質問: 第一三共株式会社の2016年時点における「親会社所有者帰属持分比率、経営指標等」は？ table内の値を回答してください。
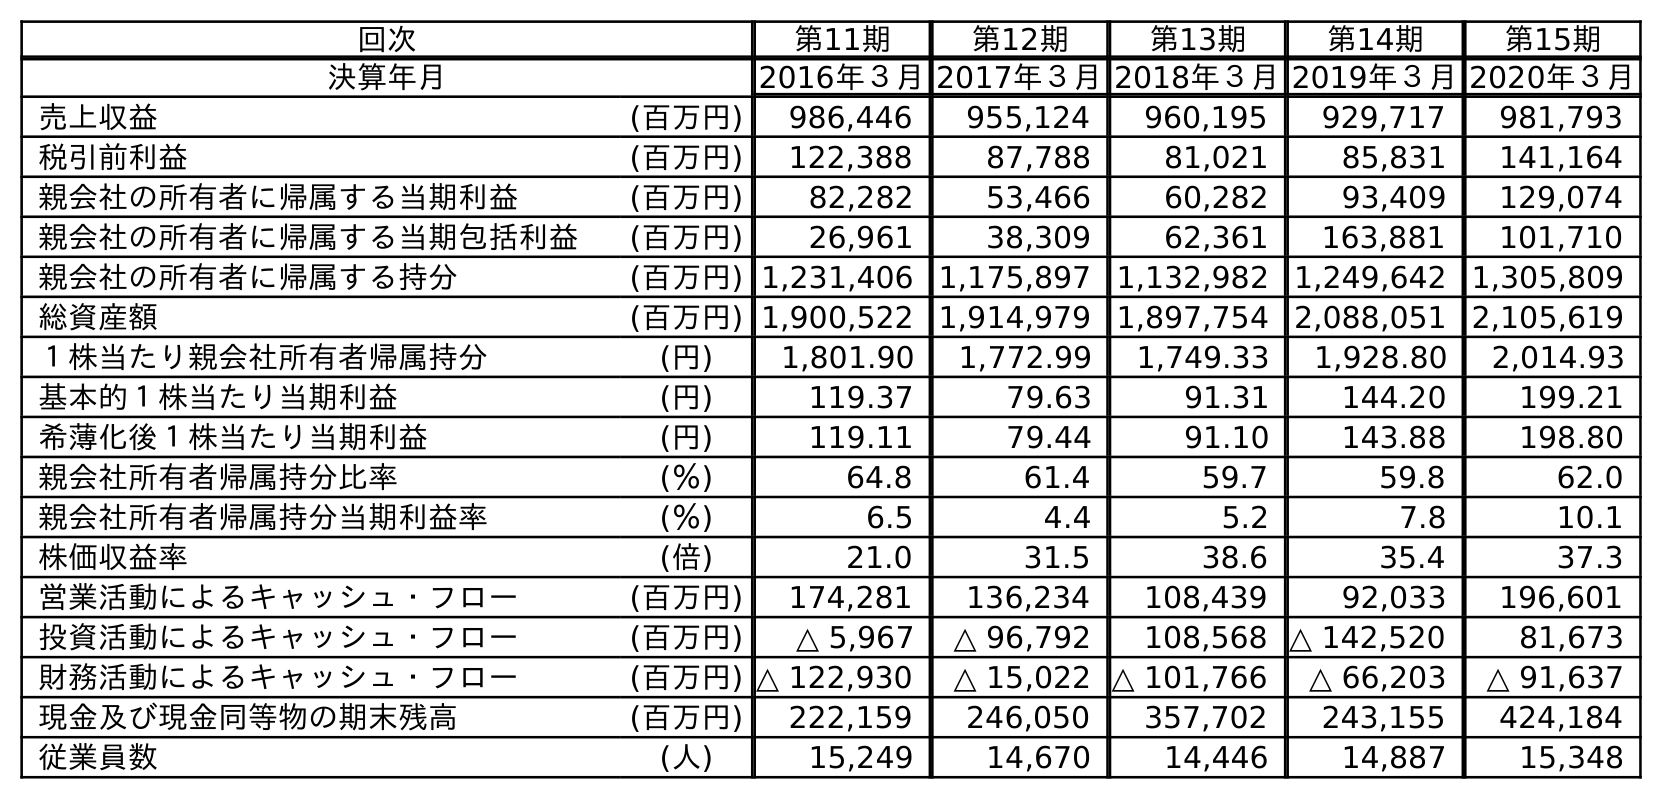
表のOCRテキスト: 回次 第11期 第12期 第13期 第14期 第15期 決算年月 2016年３月2017年３月2018年３月2019年３月2020年３月 売上収益 (百万円) 986,446 955,124 960,195 929,717 981,793 税引前利益 (百万円) 122,388 87,788 81,021 85,831 141,164 親会社の所有者に帰属する当期利益 (百万円) 82,282 53,466 60,282 93,409 129,074 親会社の所有者に帰属する当期包括利益 (百万円) 26,961 38,309 62,361 163,881 101,710 親会社の所有者に帰属する持分 (百万円) 1,231,406 1,175,897 1,132,982 1,249,642 1,305,809 総資産額 (百万円) 1,900,522 1,914,979 1,897,754 2,088,051 2,105,619 １株当たり親会社所有者帰属持分 (円) 1,801.90 1,772.99 1,749.33 1,928.80 2,014.93 基本的１株当たり当期利益 (円) 119.37 79.63 91.31 144.20 199.21 希薄化後１株当たり当期利益 (円) 119.11 79.44 91.10 143.88 198.80 親会社所有者帰属持分比率 (％) 64.8 61.4 59.7 59.8 62.0 親会社所有者帰属持分当期利益率 (％) 6.5 4.4 5.2 7.8 10.1 株価収益率 (倍) 21.0 31.5 38.6 35.4 37.3 営業活動によるキャッシュ・フロー (百万円) 174,281 136,234 108,439 92,033 196,601 投資活動によるキャッシュ・フロー (百万円) △ 5,967 △ 96,792 108,568 △ 142,520 81,673 財務活動によるキャッシュ・フロー (百万円) △ 122,930 △ 15,022 △ 101,766 △ 66,203 △ 91,637 現金及び現金同等物の期末残高 (百万円) 222,159 246,050 357,702 243,155 424,184 従業員数 (人) 15,249 14,670 14,446 14,887 15,348
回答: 64.8